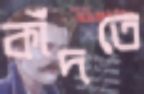
কাঁদতে